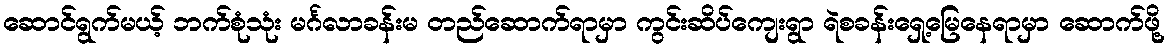
ဆောင်ရွက်မယ့် ဘက်စုံသုံး မင်္ဂလာခန်းမ တည်ဆောက်ရာမှာ ကွင်းဆိပ်ကျေးရွာ ရဲစခန်းရှေ့မြေနေရာမှာ ဆောက်ဖို့